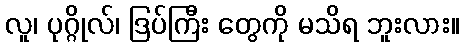
လူ၊ ပုဂ္ဂိုလ်၊ ဒြပ်ကြီး တွေကို မသိရ ဘူးလား။